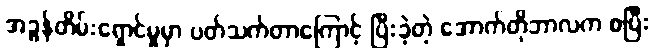
အခွန်တိမ်းရှောင်မှုမှာ ပတ်သက်တာကြောင့် ပြီးခဲ့တဲ့ အောက်တိုဘာလက စပြီး